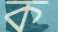
ক